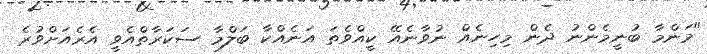
"މަންމާ ބުނީމެންނު ދެން މިހިނެއް ނުވާނެއޭ ކީއްވެތަ އަނެއްކާ ބަލްމާ ސަކަރާތްއެވީ އެރެއަށްވުރެ